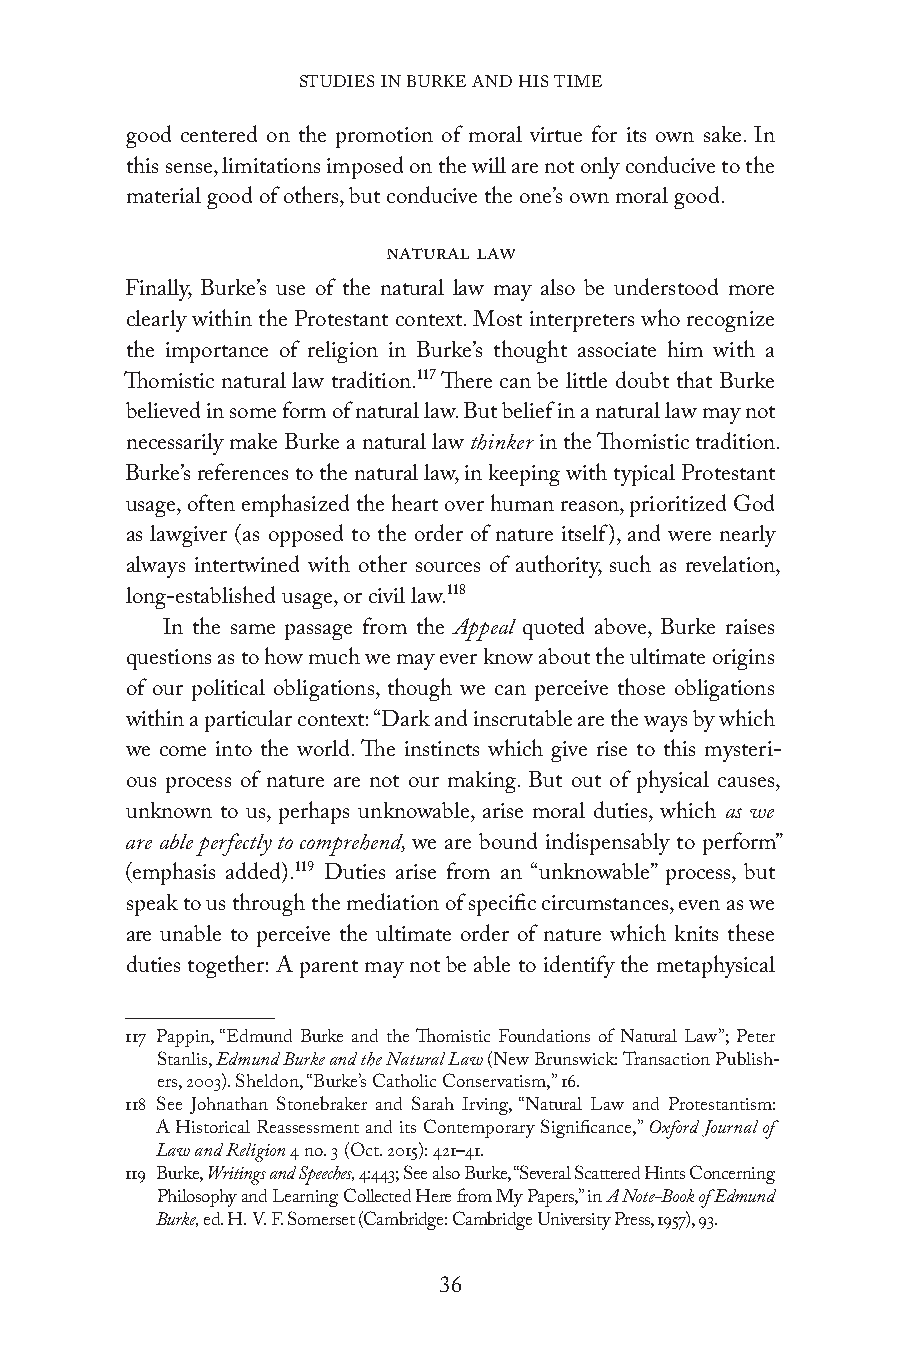
STUDIES IN BURKE AND HIS TIME
 good centered on the promotion of moral virtue for its own sake. In
 this sense, limitations imposed on the will are not only conducive to the
 material good of others, but conducive the one’s own moral good.
 Natural Law
 Finally, Burke’s use of the natural law may also be understood more
 clearly within the Protestant context. Most interpreters who recognize
 the importance of religion in Burke’s thought associate him with a
 Thomistic natural law tradition.117 There can be little doubt that Burke
 believed in some form of natural law. But belief in a natural law may not
 necessarily make Burke a natural law thinker in the Thomistic tradition.
 Burke’s references to the natural law, in keeping with typical Protestant
 usage, often emphasized the heart over human reason, prioritized God
 as lawgiver (as opposed to the order of nature itself), and were nearly
 always intertwined with other sources of authority, such as revelation,
 long-established usage, or civil law.118
 In the same passage from the Appeal quoted above, Burke raises
 questions as to how much we may ever know about the ultimate origins
 of our political obligations, though we can perceive those obligations
 within a particular context: “Dark and inscrutable are the ways by which
 we come into the world. The instincts which give rise to this mysteri-
 ous process of nature are not our making. But out of physical causes,
 unknown to us, perhaps unknowable, arise moral duties, which as we
 are able perfectly to comprehend, we are bound indispensably to perform”
 (emphasis added).119 Duties arise from an “unknowable” process, but
 speak to us through the mediation of specific circumstances, even as we
 are unable to perceive the ultimate order of nature which knits these
 duties together: A parent may not be able to identify the metaphysical
 117 Pappin, “Edmund Burke and the Thomistic Foundations of Natural Law”; Peter
 Stanlis, Edmund Burke and the Natural Law (New Brunswick: Transaction Publish-
 ers, 2003). Sheldon, “Burke’s Catholic Conservatism,” 16.
 118 See Johnathan Stonebraker and Sarah Irving, “Natural Law and Protestantism:
 A Historical Reassessment and its Contemporary Significance,” Oxford Journal of
 Law and Religion 4 no. 3 (Oct. 2015): 421–41.
 119 Burke, Writings and Speeches, 4:443; See also Burke, “Several Scattered Hints Concerning
 Philosophy and Learning Collected Here from My Papers,” in A Note-Book of Edmund
 Burke, ed. H. V. F. Somerset (Cambridge: Cambridge University Press, 1957), 93.
 36